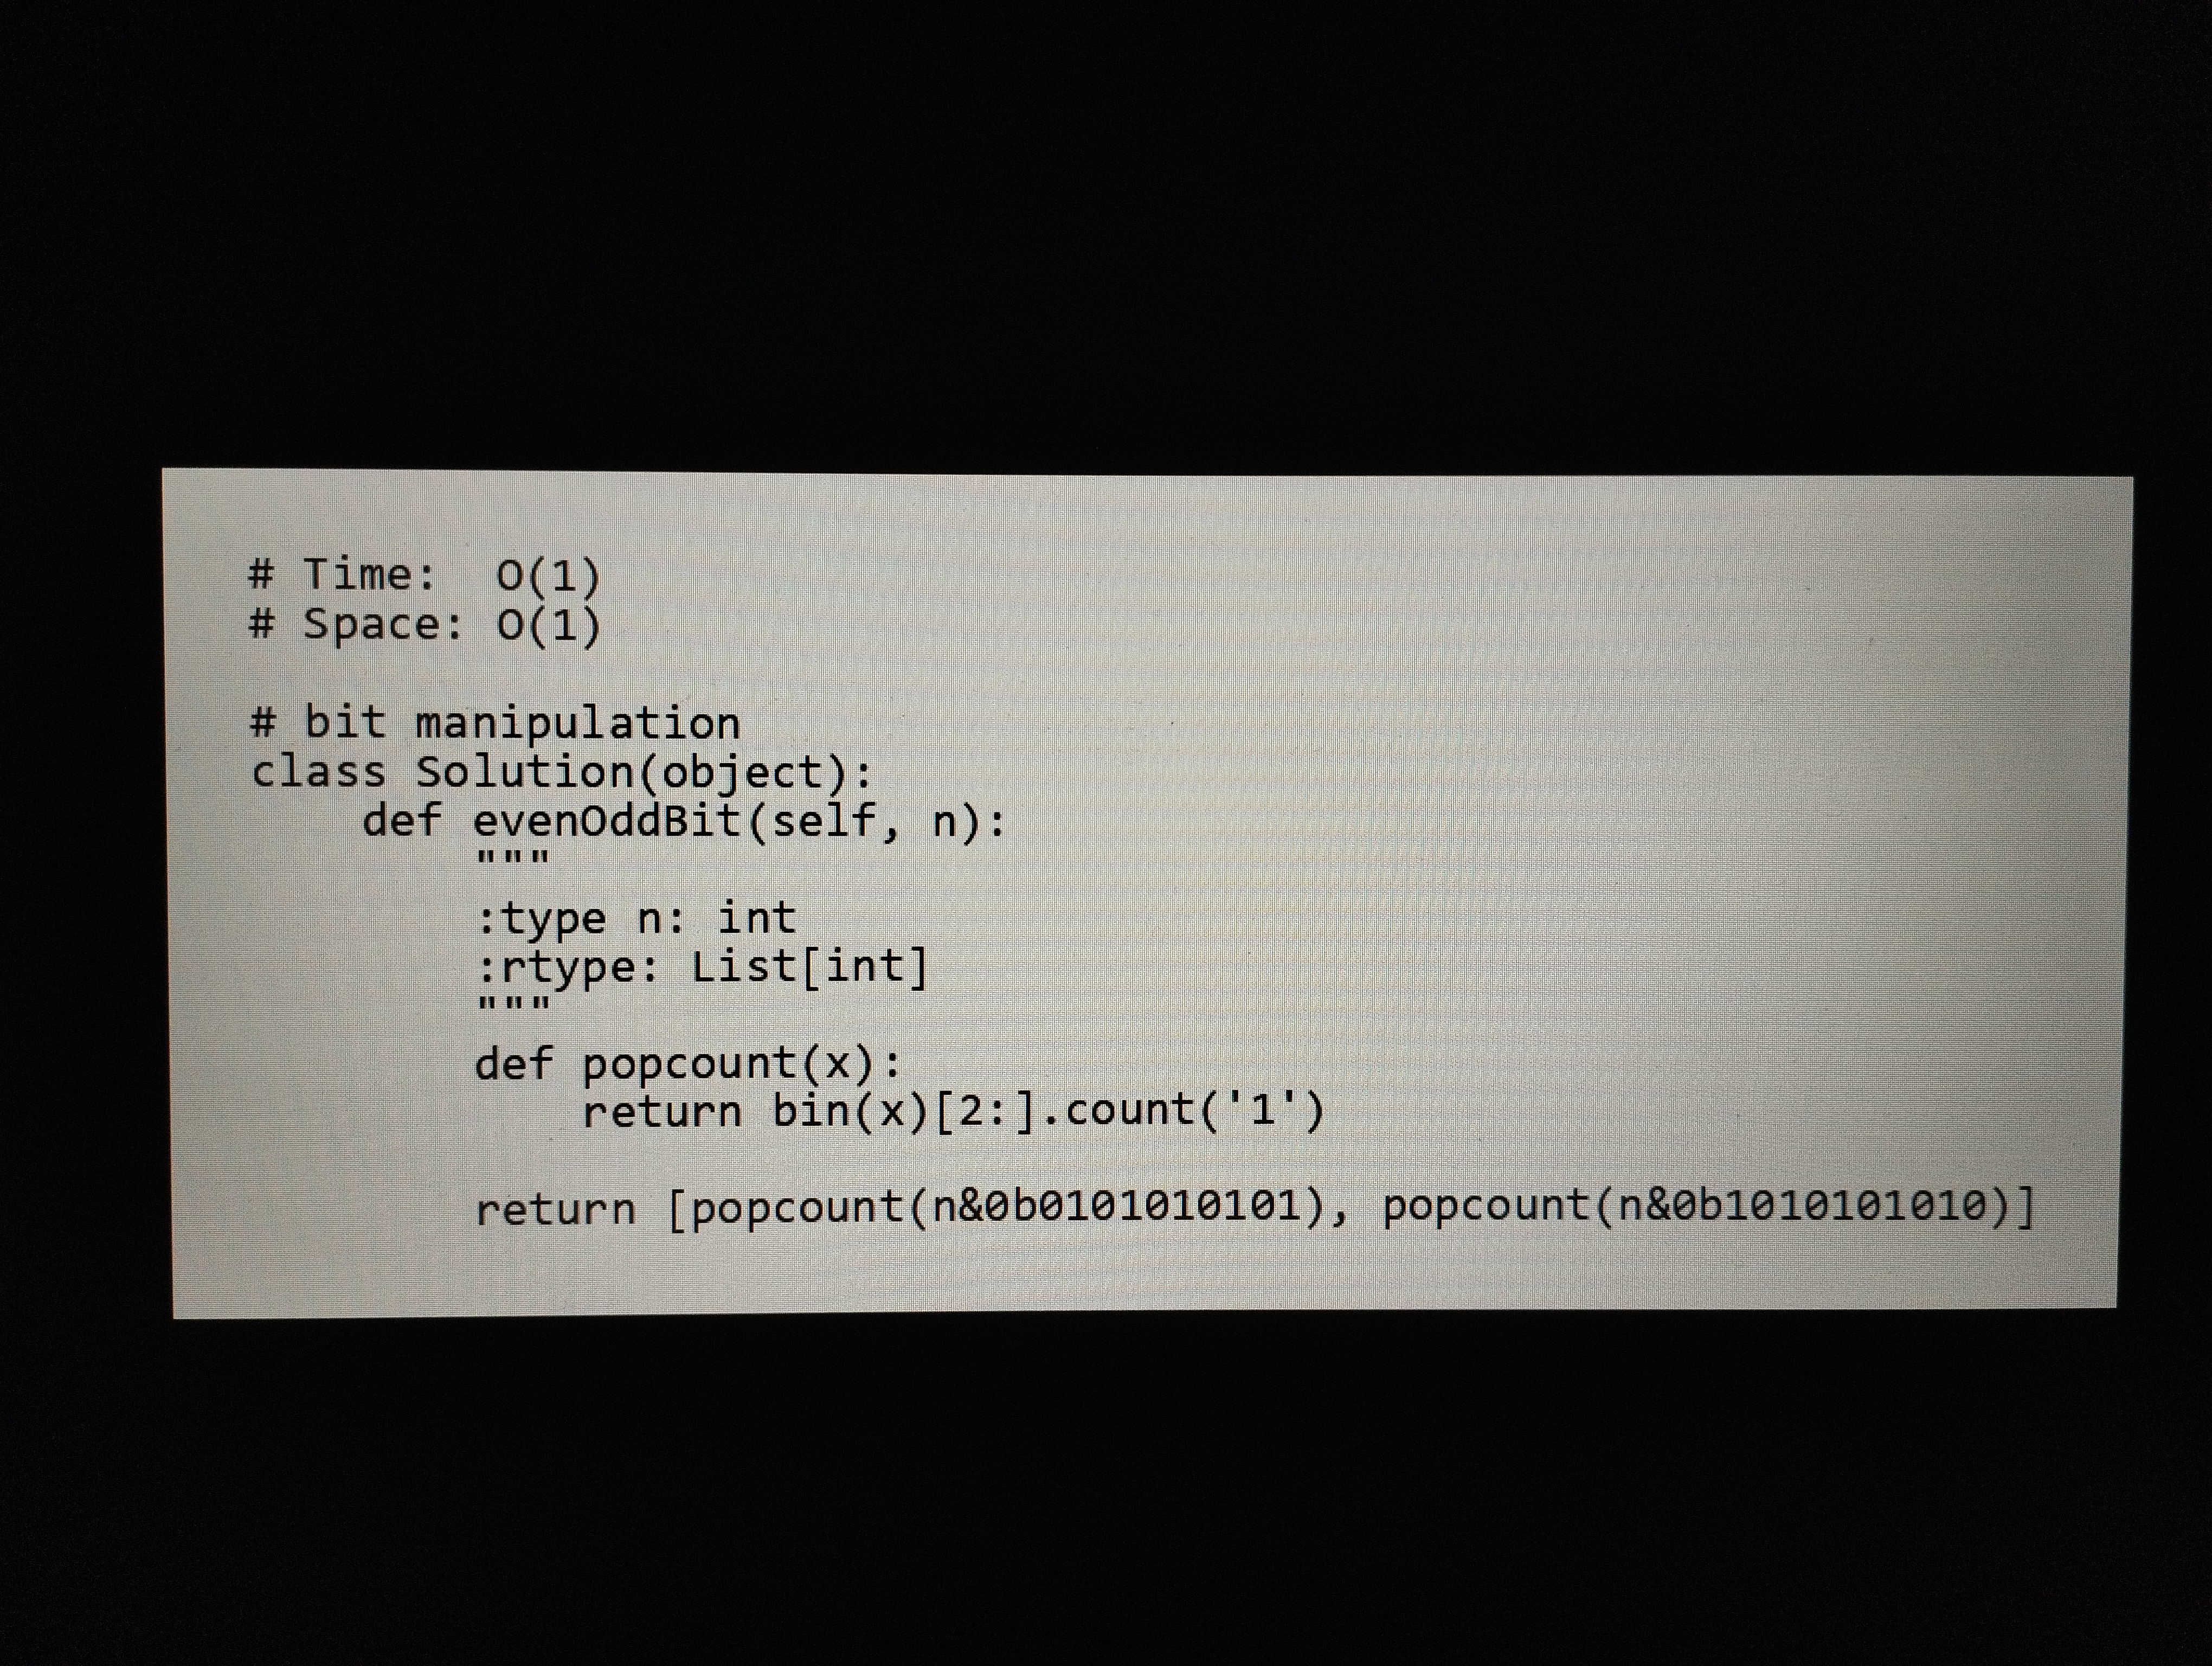
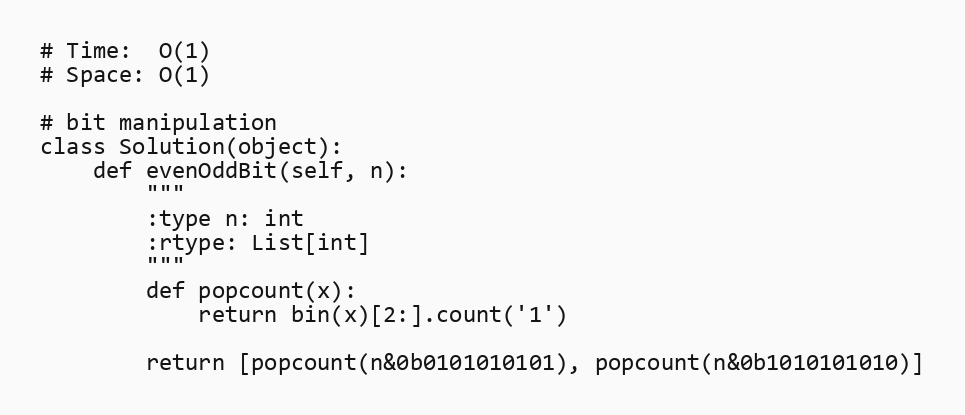
# Time:  O(1)
# Space: O(1)

# bit manipulation
class Solution(object):
    def evenOddBit(self, n):
        """
        :type n: int
        :rtype: List[int]
        """
        def popcount(x):
            return bin(x)[2:].count('1')

        return [popcount(n&0b0101010101), popcount(n&0b1010101010)]